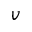
v